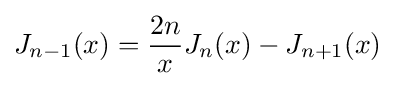
J_{n-1}(x)={\frac {2n}{x}}J_{n}(x)-J_{n+1}(x)